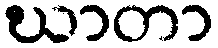
ဃာတာ